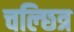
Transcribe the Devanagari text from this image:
चल्छित्र